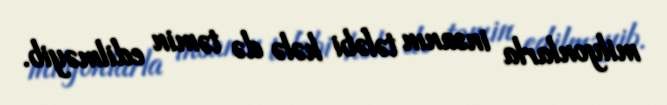
milyonlarla insanın tələbi hələ də təmin edilməyib.